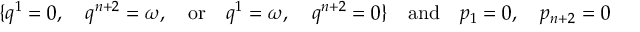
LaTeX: \{ q ^ { 1 } = 0 , \quad q ^ { n + 2 } = \omega , \quad \mathrm { o r } \quad q ^ { 1 } = \omega , \quad q ^ { n + 2 } = 0 \} \quad \mathrm { a n d } \quad p _ { 1 } = 0 , \quad p _ { n + 2 } = 0